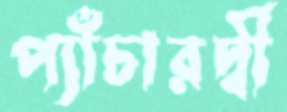
প্যাঁচারদ্বী